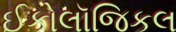
ઈકોલૉજિકલ